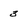
Character: 3